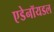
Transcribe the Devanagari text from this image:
एडेनॉयडल